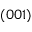
( 0 0 1 )